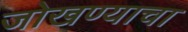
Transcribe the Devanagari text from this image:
जोखण्याचा